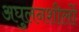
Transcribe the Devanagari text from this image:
अघुलनशीलों